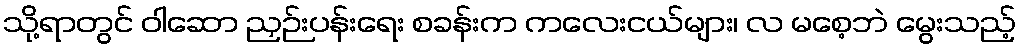
သို့ရာတွင် ဝါဆော ညှဉ်းပန်းရေး စခန်းက ကလေးငယ်များ၊ လ မစေ့ဘဲ မွေးသည့်